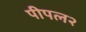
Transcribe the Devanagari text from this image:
पीपल२